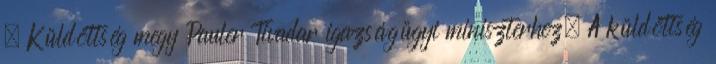
– Küldöttség megy Pauler Tivadar igazságügyi miniszterhez. A küldöttség